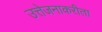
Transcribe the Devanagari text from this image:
उत्तेजनाकरीता